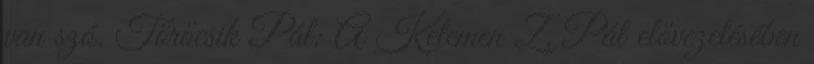
van szó. Törőcsik Pál: A Kelemen Z. Pál elővezetésében